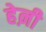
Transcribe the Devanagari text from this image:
हेऩी